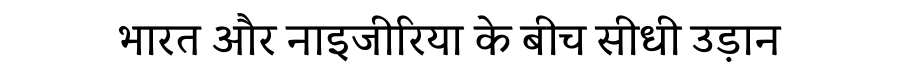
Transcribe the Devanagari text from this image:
भारत और नाइजीरिया के बीच सीधी उड़ान